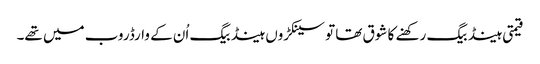
قیمتی ہینڈ بیگ رکھنے کا شوق تھا تو سینکڑوں ہینڈ بیگ اُن کے وارڈروب میں تھے۔